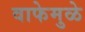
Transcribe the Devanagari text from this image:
वाफेमुळे